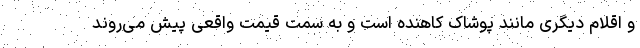
و اقلام دیگری مانند پوشاک کاهنده است و به سمت قیمت واقعی پیش می‌روند